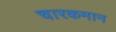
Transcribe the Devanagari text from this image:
चारकमान